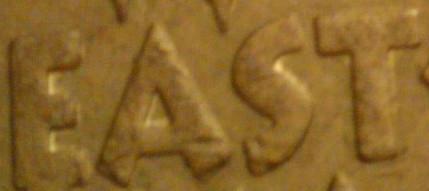
EAST